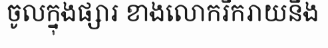
ចូលក្នុងផ្សារ ខាងលោករីករាយនឹង